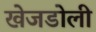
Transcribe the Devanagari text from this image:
खेजडोली